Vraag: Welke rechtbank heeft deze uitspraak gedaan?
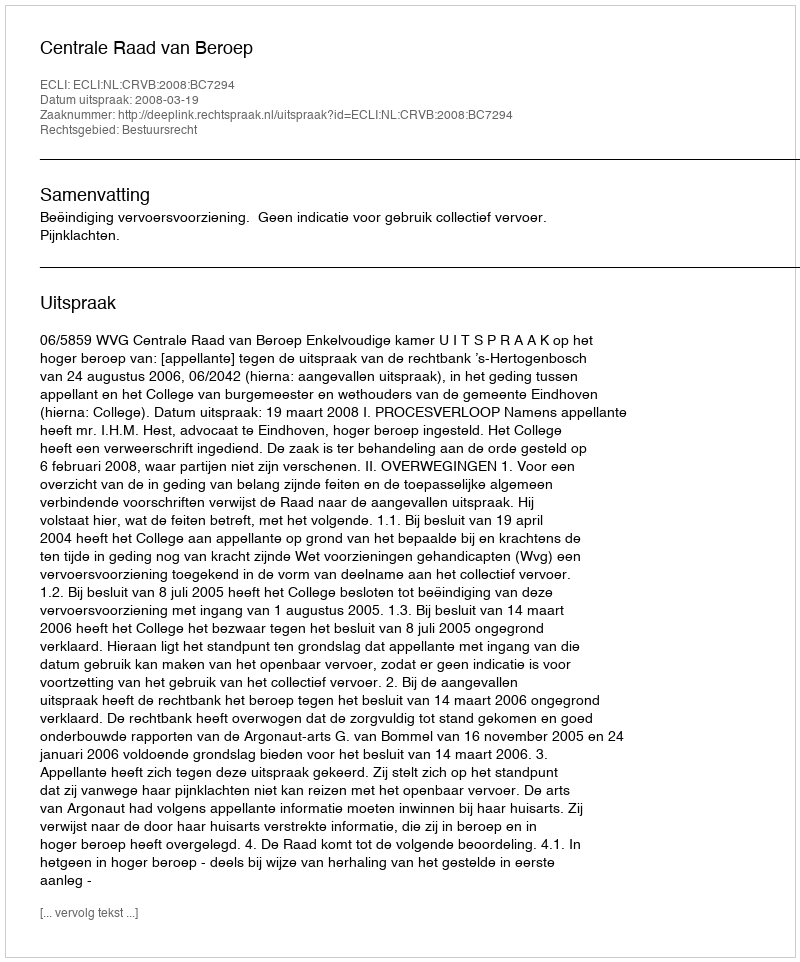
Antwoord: Centrale Raad van Beroep